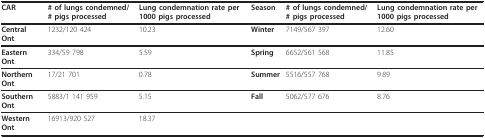
<table><thead><tr><td><b>CAR</b></td><td><b># of lungs condemned/# pigs processed</b></td><td><b>Lung condemnation rate per 1000 pigs processed</b></td><td><b>Season</b></td><td><b># of lungs condemned/# pigs processed</b></td><td><b>Lung condemnation rate per 1000 pigs processed</b></td></tr></thead><tbody><tr><td><b>Central Ont</b>.</td><td>1232/120 424</td><td>10.23</td><td><b>Winter</b></td><td>7149/567 397</td><td>12.60</td></tr><tr><td><b>Eastern Ont</b>.</td><td>334/59 798</td><td>5.59</td><td><b>Spring</b></td><td>6652/561 568</td><td>11.85</td></tr><tr><td><b>Northern Ont</b>.</td><td>17/21 701</td><td>0.78</td><td><b>Summer</b></td><td>5516/557 768</td><td>9.89</td></tr><tr><td><b>Southern Ont</b>.</td><td>5883/1 141 959</td><td>5.15</td><td><b>Fall</b></td><td>5062/577 676</td><td>8.76</td></tr><tr><td><b>Western Ont</b>.</td><td>16913/920 527</td><td>18.37</td><td></td><td></td><td></td></tr></tbody></table>